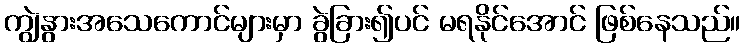
ကျွဲနွားအသေကောင်များမှာ ခွဲခြား၍ပင် မရနိုင်အောင် ဖြစ်နေသည်။